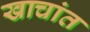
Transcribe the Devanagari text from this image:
खाचांत